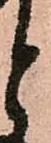
と